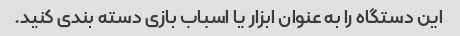
این دستگاه را به عنوان ابزار یا اسباب بازی دسته بندی کنید.